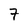
Character: 7